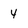
Character: 4